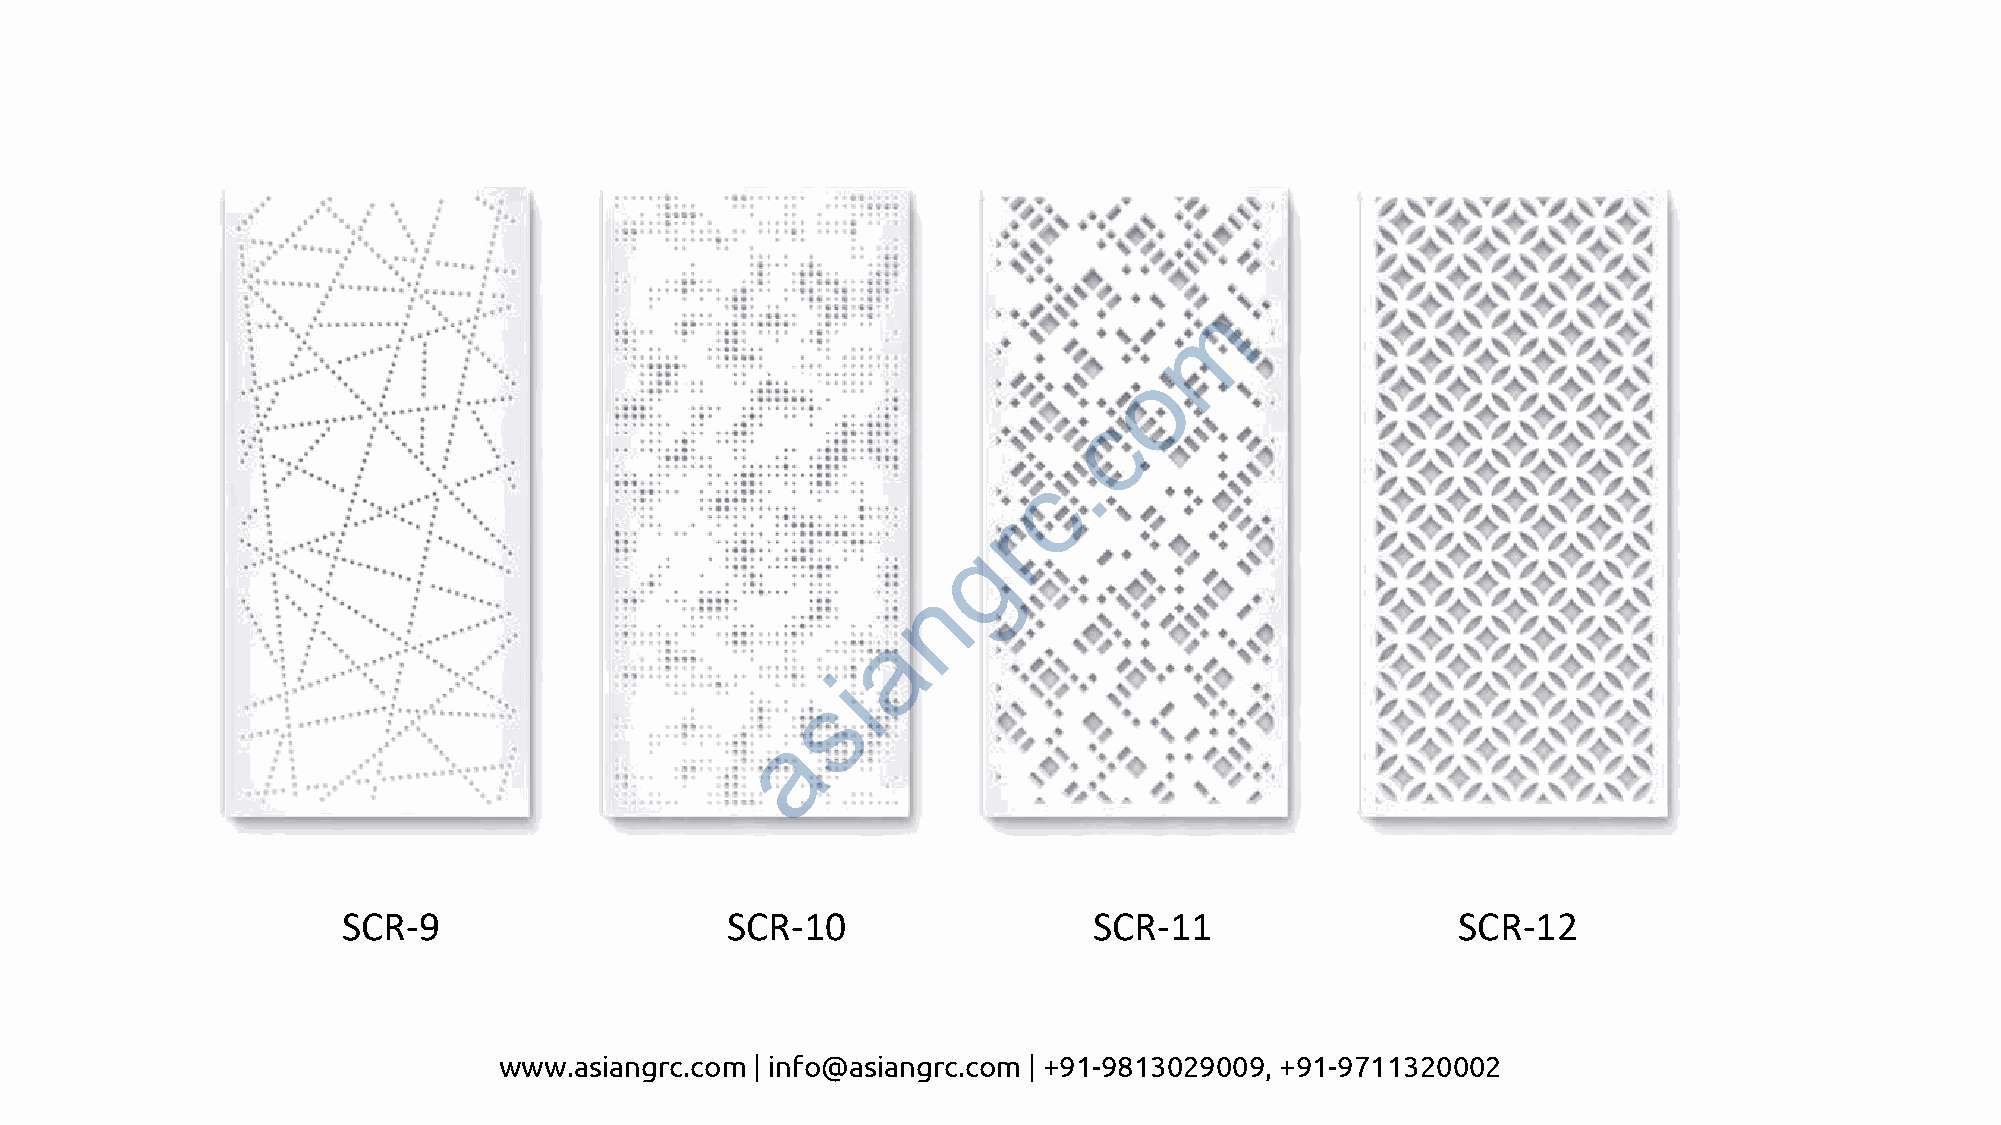
m
 o
 c
 .
 c
 r
 g
 n
 a
 i
 s
 a
 SCR-9                    SCR-10                  SCR-11                  SCR-12
 www.asiangrc.com | info@asiangrc.com | +91-9813029009, +91-9711320002